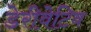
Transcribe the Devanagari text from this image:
डेरीवेटिव